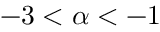
- 3 < \alpha < - 1